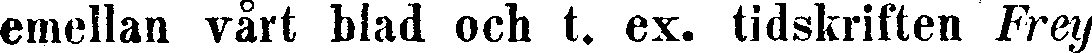
emellan vårt blad och t. ex. tidskriften Frey